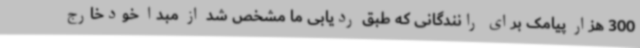
300 هزار پیامک برای رانندگانی که طبق ردیابی ما مشخص شد از مبدا خودخارج